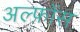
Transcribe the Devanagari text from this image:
अल्फ़ोंस